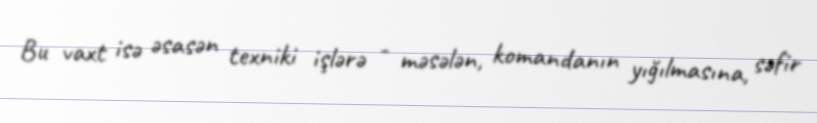
Bu vaxt isə əsasən texniki işlərə - məsələn, komandanın yığılmasına, səfir